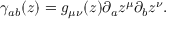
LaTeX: \gamma _ { a b } ( z ) = g _ { \mu \nu } ( z ) \partial _ { a } z ^ { \mu } \partial _ { b } z ^ { \nu } .